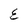
Character: E